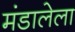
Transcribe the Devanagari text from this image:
मंडालेला